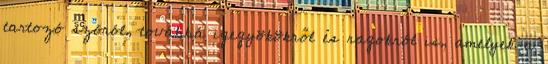
tartozó szóról, továbbá igegyökökről és ragokról is, amelyek a